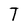
Character: T